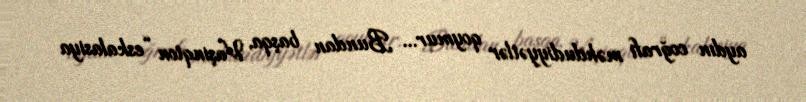
aydın coğrafi məhdudiyyətlər qoymur... Bundan başqa, Vaşinqton “eskalasiya